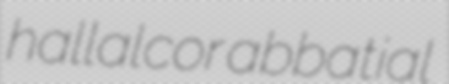
hallalcor abbatial